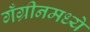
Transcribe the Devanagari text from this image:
गँग्रीनमध्ये